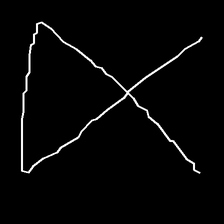
Glyph: collection